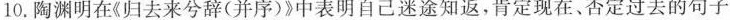
10.陶渊明在(归去来兮辞(并序)》中表明自己迷途知返，肯定现在、否定过去的句子